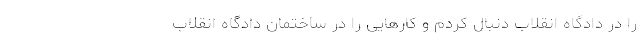
را در دادگاه انقلاب دنبال کردم و کارهایی را در ساختمان دادگاه انقلاب